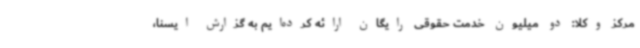
مرکز وکلا: دو میلیون خدمت حقوقی رایگان ارائه کرده‌ایم به گزارش ایسنا،